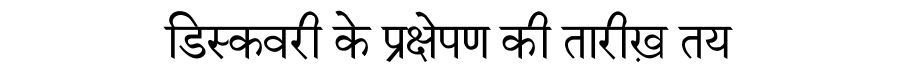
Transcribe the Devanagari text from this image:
डिस्कवरी के प्रक्षेपण की तारीख़ तय